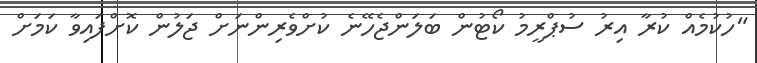
"ހުކުމެއް ކުރާ އިރު ސުޕްރީމު ކޯޓުން ބަލަންޖެހޭނެ ކުށްވެރިންނަށް ޖަލުން ކޮށްފައިވާ ކަމަށް